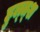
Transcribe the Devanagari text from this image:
हुल्त्श